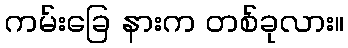
ကမ်းခြေ နားက တစ်ခုလား။